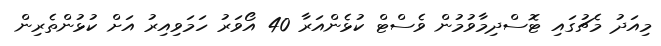
މިއަދު މެޗުގައި ޓޮސްދިމާވުމުން ވެސްޓް ކުޅެންއަރާ 40 އޯވަރު ހަމަވިއިރު އަށް ކުޅުންތެރިން